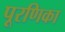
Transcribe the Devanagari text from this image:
पूरणिका